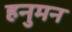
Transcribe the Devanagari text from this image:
हनुमन